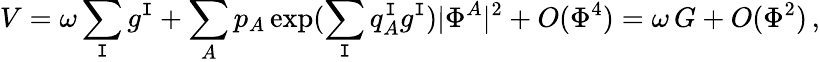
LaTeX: V=\omega\sum_{\mathtt{I}}g^{\mathtt{I}}+\sum_{A}p_{A}\exp(\sum_{\mathtt{I}}q_{A}^{\mathtt{I}}g^{\mathtt{I}})|\Phi^{A}|^{2}+O(\Phi^{4})=\omega\, G+O(\Phi^{2})\, ,